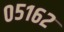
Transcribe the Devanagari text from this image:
०५१६२